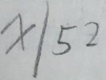
x \vert 5 2